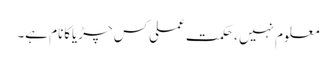
معلوم نہیں ،حکمت عملی کس چڑیاکانام ہے۔